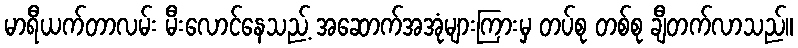
မာရီယက်တာလမ်း မီးလောင်နေသည့် အဆောက်အအုံများကြားမှ တပ်စု တစ်စု ချီတက်လာသည်။